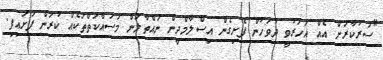
"ސަރުކާރަށް އެއް އަހަރުވީ ދުވަހުން ފެށިގެން އިސްލާމްދީން ނައްތާލަން މަސައްކަތްތަކެއް ކުރަން ފަށައިފި.